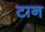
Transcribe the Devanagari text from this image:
टान